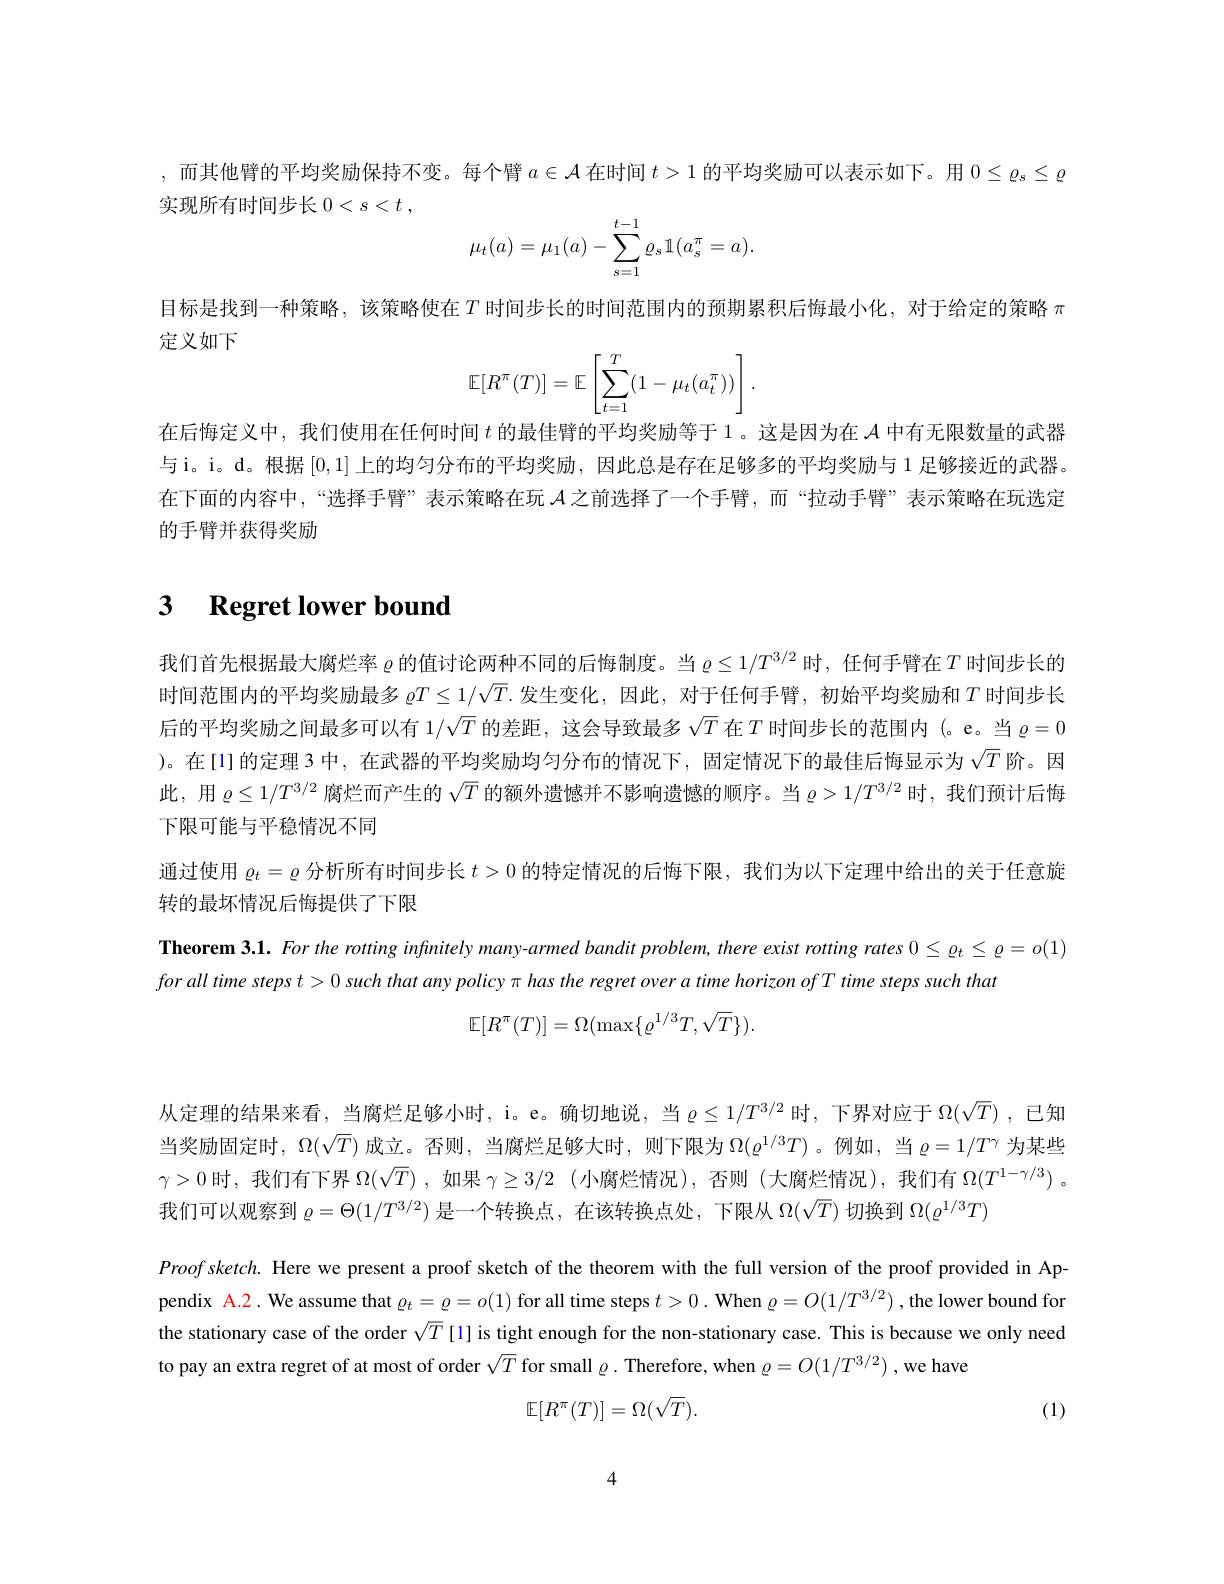
,而其他臂的平均奖励保持不变。每个臂$a\in\mathcal{A}$在时间$t>1$的平均奖励可以表示如下。用$0\leq\varrho_{\mathrm{s}}\leq\varrho$
实现所有时间步长$0<s<t$,
$$\mu_t(a)=\mu_1(a)-\sum_{s=1}^{t-1}\varrho_s\mathbb{1}(a_s^\pi=a).$$
目标是找到一种策略，该策略使在$T$ 时间步长的时间范围内的预期累积后悔最小化，对于给定的策略 $\pi$
定义如下
$$\mathbb{E}[R^\pi(T)]=\mathbb{E}\left[\sum_{t=1}^T(1-\mu_t(a_t^\pi))\right].$$
在后悔定义中，我们使用在任何时间$t$的最佳臂的平均奖励等于 1。这是因为在$\mathcal{A}$中有无限数量的武器与i。i。d。根据[0,1]上的均匀分布的平均奖励，因此总是存在足够多的平均奖励与 1 足够接近的武器。在下面的内容中，“选择手臂”表示策略在玩$\mathcal{A}$之前选择了一个手臂，而“拉动手臂”表示策略在玩选定的手臂并获得奖励

# 3 $\textbf{Regret lower bound}$

我们首先根据最大腐烂率$\varrho$的值讨论两种不同的后悔制度。当$\varrho\leq1/T^{3/2}$时，任何手臂在$T$时间步长的时间范围内的平均奖励最多 $\varrho T\leq1/\sqrt{T}$.发生变化，因此，对于任何手臂，初始平均奖励和$T$ 时间步长后的平均奖励之间最多可以有 1$/\sqrt{T}$的差距，这会导致最多$\sqrt{T}$在$T$时间步长的范围内(。e。当$\varrho=0$ )。在[l]的定理 3 中，在武器的平均奖励均匀分布的情况下，固定情况下的最佳后悔显示为$\sqrt{T}$阶。因此，用$\varrho\leq1/T^{3/2}$腐烂而产生的$\sqrt T$的额外遗憾并不影响遗憾的顺序。当$\varrho>1/T^{3/2}$时，我们预计后悔下限可能与平稳情况不同

通过使用$\varrho_t=\varrho$分析所有时间步长$t>0$的特定情况的后悔下限，我们为以下定理中给出的关于任意旋

转的最坏情况后悔提供了下限

Theorem 3.1. For the rotting infinitely many-armed bandit problem, there exist rotting rates $0\leq\varrho_{t}\leq\varrho=o(1)$
forall time steps $t>0$ such that any policy $\pi$ has the regret over a time horizon ofT time steps such thatis poris sus on of time steps such thatis po s policy $\pi$
$$\mathbb{E}[R^\pi(T)]=\Omega(\max\{\varrho^{1/3}T,\sqrt{T}\}).$$
从定理的结果来看，当腐烂足够小时，i。e。确切地说，当$\varrho\leq1/T^{3/2}$时，下界对应于$\Omega(\sqrt T)$ ,已知当奖励固定时，$\Omega(\sqrt T)$成立。否则，当腐烂足够大时，则下限为$\Omega(\varrho^1/3T)$ 。例如，当$\varrho=1/T^\gamma$为某些$\gamma>0$时，我们有下界$\Omega(\sqrt T)$ ,如果$\gamma\geq3/2$ (小腐烂情况),否则 (大腐烂情况),我们有$\Omega(T^1-\gamma/3)$ 。我们可以观察到$\varrho=\Theta(1/T^{3/2})$是一个转换点，在该转换点处，下限从$\Omega(\sqrt T)$切换到$\Omega(\varrho^1/3T)$

$Proofsketch.$ Here we present a proof sketch of the theorem with the full version of the proof provided in Appendix A.2. We assume that $\varrho_t=\varrho=o(1)$ for all time steps $t>0.$ When $\varrho=O(1/T^{3/2})$ ,the lower bound for the stationary case of the order $\sqrt{T}$ [1] is tight enough for the non-stationary case. This is because we only need to pay an extra regret of at most of order $\sqrt T$ for small $\varrho.$ Therefore, when $\varrho=O(1/T^{3/2})$ ,we have
$$\mathbb{E}[R^\pi(T)]=\Omega(\sqrt{T}).$$
(1)

4